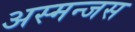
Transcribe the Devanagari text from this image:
अस्मन्जस